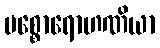
ပစ္စောရောဟဏိယာ